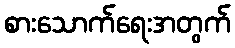
စားသောက်ရေးအတွက်